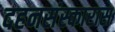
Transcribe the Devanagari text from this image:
दहनसंस्कारास